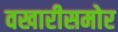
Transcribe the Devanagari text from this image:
वखारीसमोर